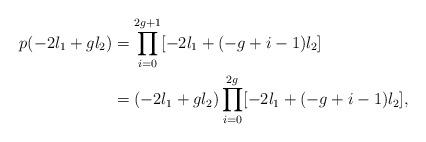
LaTeX: \begin{align*}p(-2l_1 + gl_2) &= \prod_{i = 0}^{2g + 1}[-2l_1 + (-g + i - 1)l_2] \\&= (-2l_1 + gl_2)\prod_{i = 0}^{2g}[-2l_1 + (-g + i - 1)l_2],\end{align*}